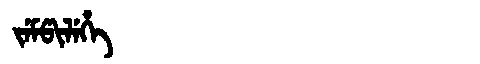
Manchu: ᠵᡝᠮᡦᡳᠯᡝᡥᡝ
Romanization: JEMPILEHE